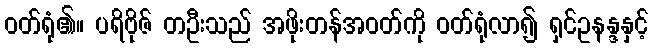
ဝတ်ရုံ၏။ ပရိဗိုဇ် တဦးသည် အဖိုးတန်အဝတ်ကို ဝတ်ရုံလာ၍ ရှင်ဥနန္ဒနှင့်